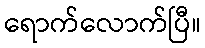
ရောက်လောက်ပြီ။